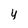
Character: 4